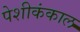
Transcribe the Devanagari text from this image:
पेशीकंकाल